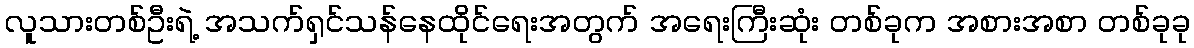
လူသားတစ်ဦးရဲ့ အသက်ရှင်သန်နေထိုင်ရေးအတွက် အရေးကြီးဆုံး တစ်ခုက အစားအစာ တစ်ခုခု